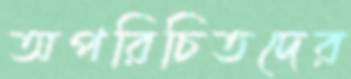
অপরিচিতদের